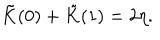
LaTeX: \tilde { K } ( 0 ) + \tilde { K } ( 1 ) = 2 \eta .